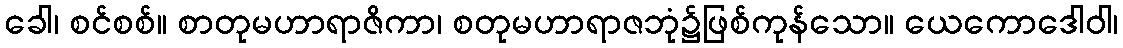
ခေါ၊ စင်စစ်။ စာတုမဟာရာဇိကာ၊ စတုမဟာရာဇဘုံ၌ဖြစ်ကုန်သော။ ယေကောဒေါဝါ၊